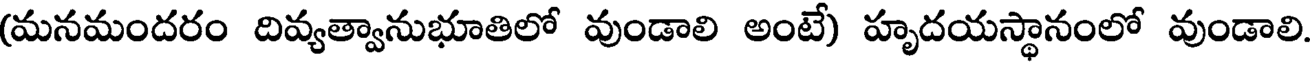
(మనమందరం దివ్యత్వానుభూతిలో వుండాలి అంటే) హృదయస్థానంలో వుండాలి.